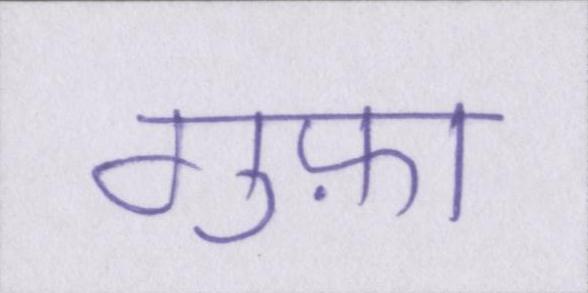
गुफ़ा